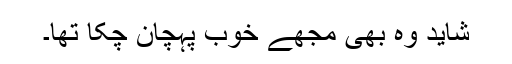
شاید وہ بھی مجھے خوب پہچان چکا تھا۔